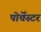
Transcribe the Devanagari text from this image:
पोर्चेस्टर